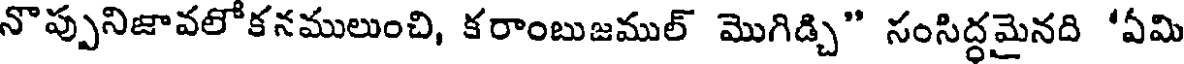
నొప్పునిజావలోకనములుంచి, కరాంబుజముల్ మొగిడ్చి" సంసిద్ధమైనది 'ఏమి